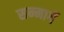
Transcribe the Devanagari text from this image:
सन्मार्गे